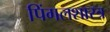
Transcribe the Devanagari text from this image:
पिंगलशास्त्र